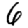
Digit: 6